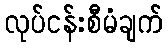
လုပ်ငန်းစီမံချက်